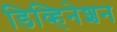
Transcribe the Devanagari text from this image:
डिव्हिनेशन